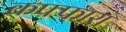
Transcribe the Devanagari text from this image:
कफ्फारा